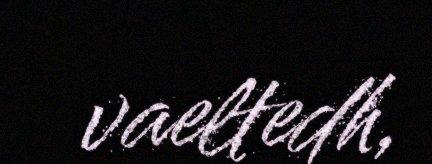
vaeltedh,